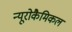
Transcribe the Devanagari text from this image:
न्यूरोकैमिकल